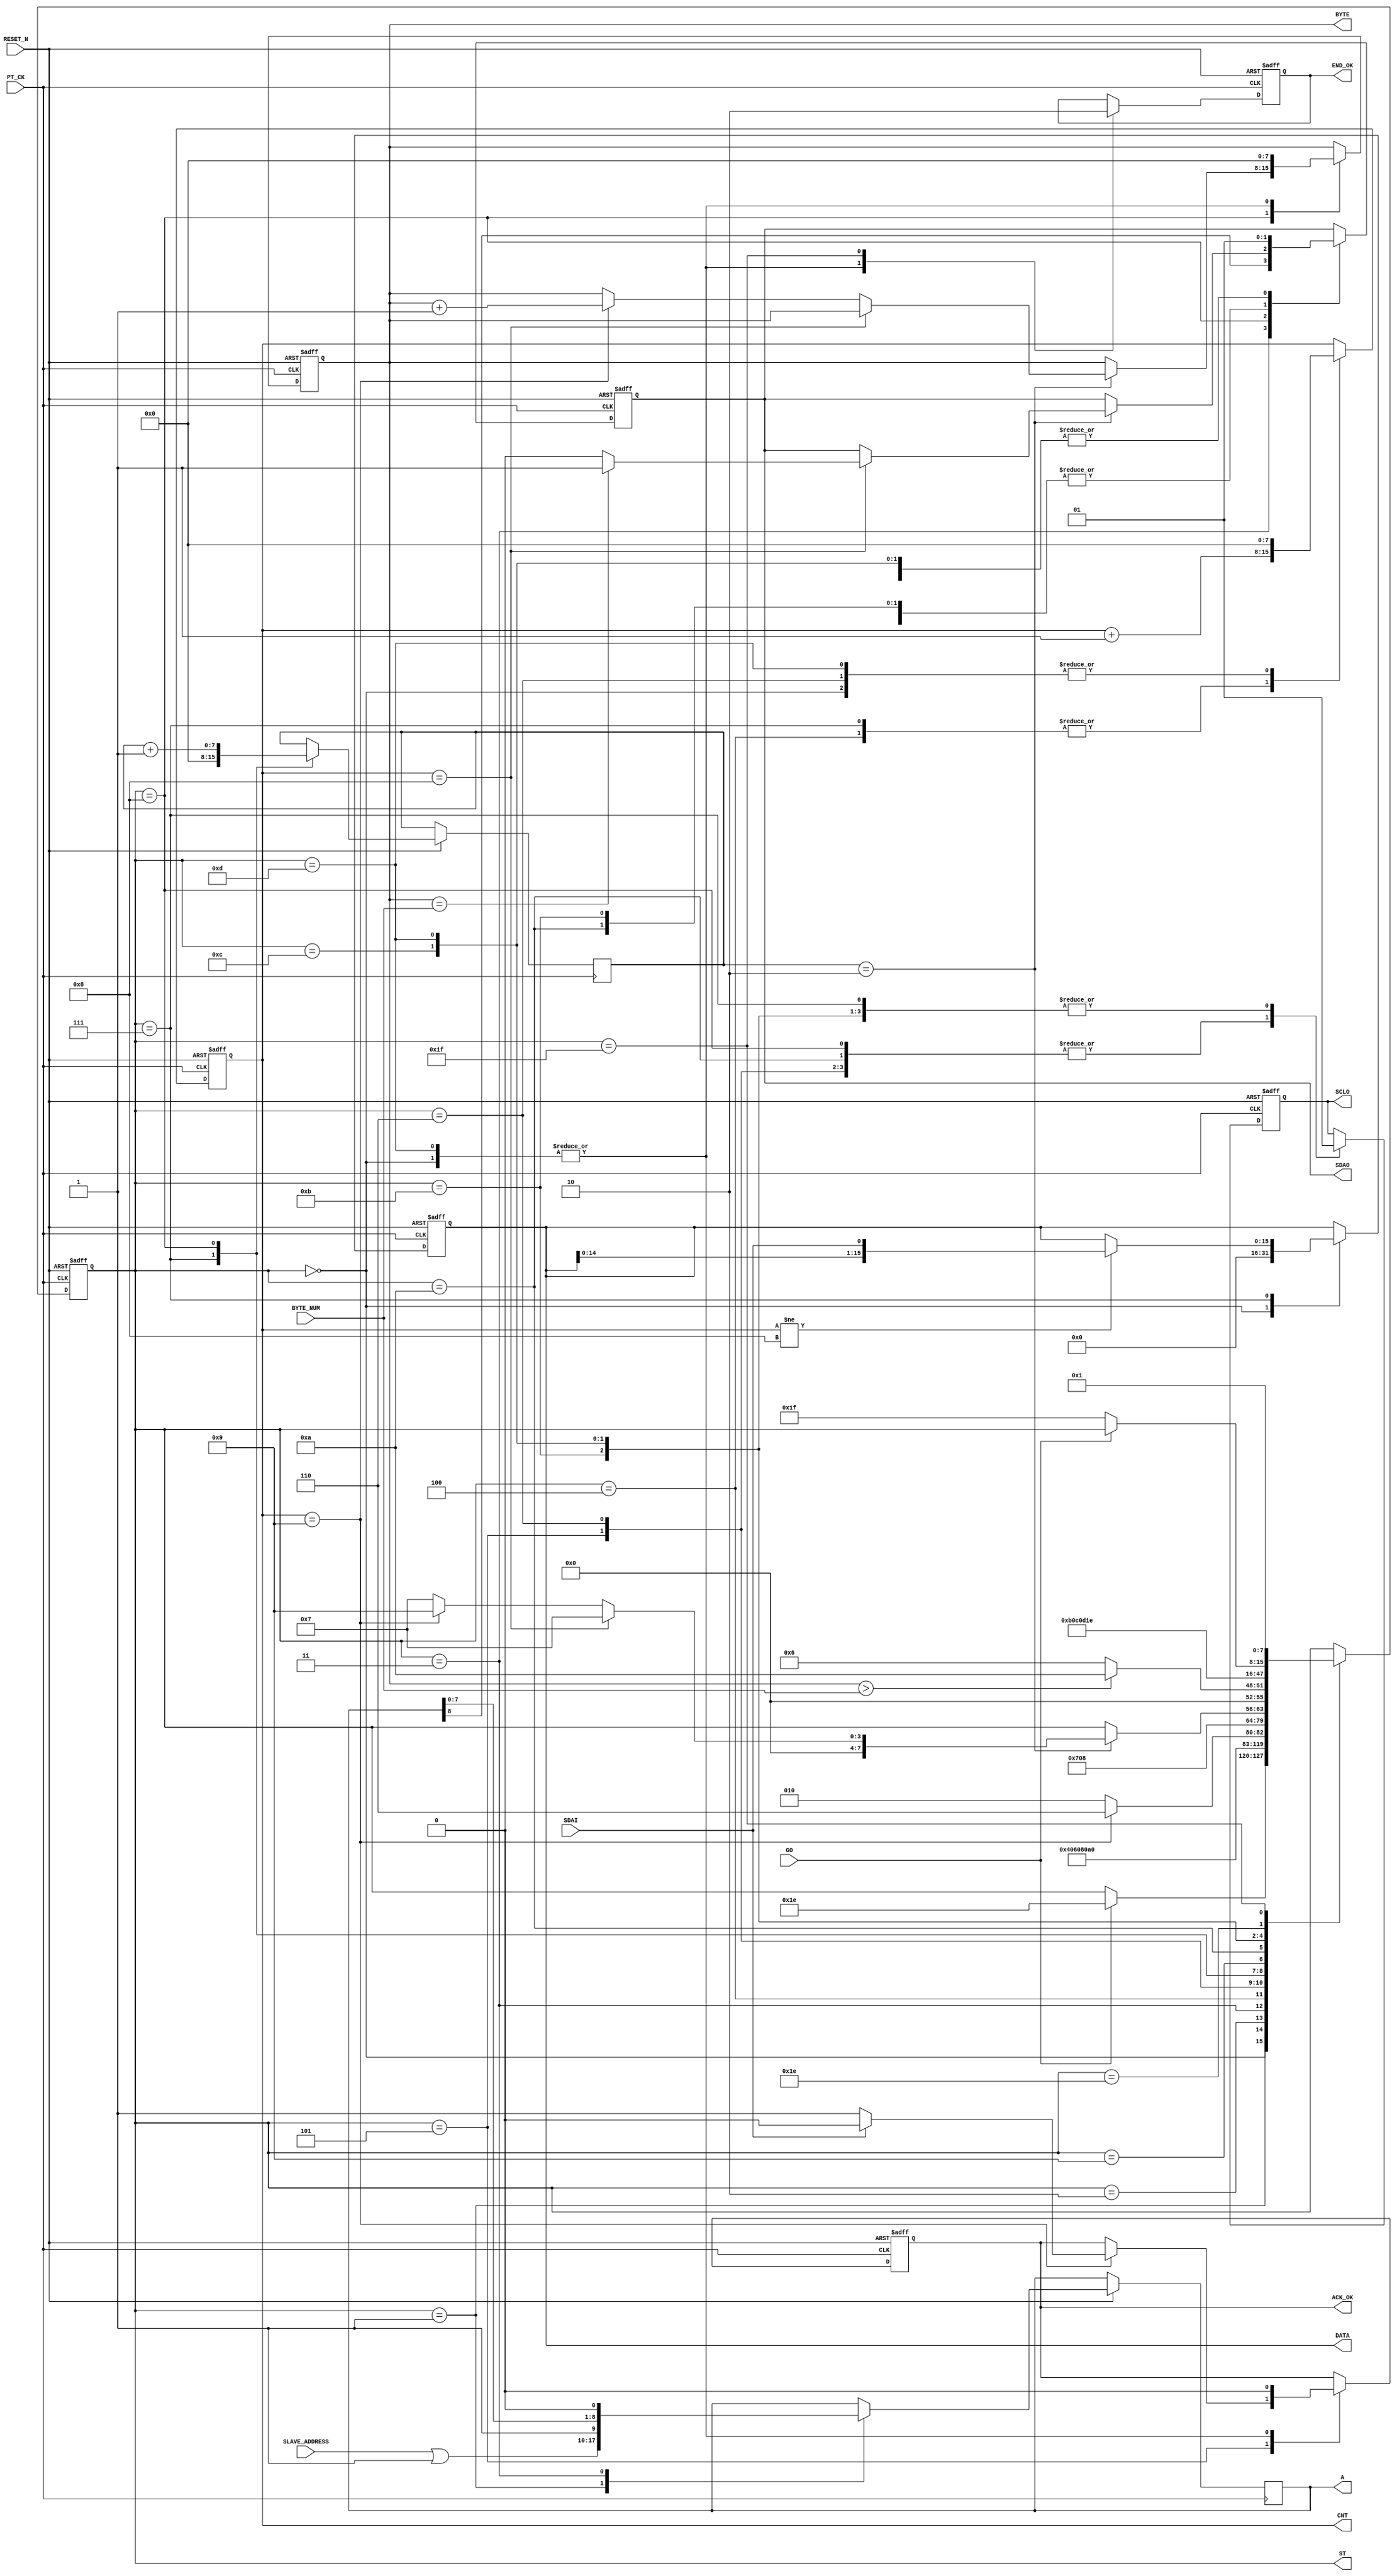
module I2C_READ_DATA(
   input  				RESET_N ,
	input       		PT_CK,
	input       [7:0] BYTE_NUM , 
	input       [7:0]	SLAVE_ADDRESS , 
	input       		GO,
	input       		SDAI,
	output reg  		SDAO,
	output reg  		SCLO,
	output reg  		 END_OK , 
	output reg  [15:0] DATA , 
	//for TEST
	output reg  [7:0] ST ,
	output reg        ACK_OK,
	output reg  [7:0] CNT,
	output reg  [8:0] A ,
	output reg  [7:0] BYTE
);
//=======================================================
//  REG/WIRE declarations
//=======================================================
reg    [7:0]DELY ;   

  
//=======================================================
//  Parameter declarations
//=======================================================

always @( negedge RESET_N or posedge  PT_CK )begin
if (!RESET_N  ) begin 
  ST <=0;
		      SDAO   <=1; 
	         SCLO   <=1;
	         ACK_OK <=0;
	         CNT    <=0;
	         END_OK <=1;
	         BYTE   <=0;
				DATA <=0;  
end 				
else 
	  case (ST)
	    0: begin  
		      SDAO   <=1; 
	         SCLO   <=1;
	         ACK_OK <=0;
	         CNT    <=0;
	         END_OK <=1;
	         BYTE   <=0;
				DATA <=0;
	         if (GO) ST  <=30 ;							
		    end		  
	  //----I2C READ-COMMAND---
	    1: begin  //start 
		      ST <=2 ; 
			   { SDAO,  SCLO } <= 2'b01; 
				A <= {SLAVE_ADDRESS | 1  ,1'b1 };//READ COMMAND
		    end
	    2: begin  //start 
		      ST <=3 ; 
			   { SDAO,  SCLO } <= 2'b00; 
		    end
			 
	    3: begin  //start 
		      ST <=4 ; 
			   { SDAO, A } <= { A ,1'b0 }; 
		    end
	    4: begin
		      ST <=5 ; 
			   SCLO <= 1'b1 ; 
				CNT <= CNT +1 ;
		    end
			 
	    5: begin  
			   SCLO <= 1'b0 ; 
			   if (CNT ==9) begin
				    ST <= 6 ; 
					 if ( !SDAI ) ACK_OK <=1 ; 
					 else ACK_OK <=0 ; 
				 end
				 else ST <= 2;
		    end			 
     //-----DATA READ---
	    6: begin 
		      ST <=7 ; 
			   {SDAO , SCLO} <= 2'b10; 
				CNT <=0 ;
		    end
	    7: begin  
		      ST <=8 ;  
				DELY <=0;
			   SCLO <= 1'b1 ; 
				if (CNT!=8) DATA[15:0]  <= { DATA[14:0], SDAI };
				CNT <= CNT +1 ;
		    end			 
	    8: begin  		 
		    DELY <=DELY+1 ;
			 SCLO <= 1'b0 ; 
			 if (DELY ==2)  begin 			    
			    if (CNT ==8) begin
				      ST <= 7;
					   if (BYTE  == BYTE_NUM  )  SDAO <= 1'b1 ; 
					   else  
					   SDAO <= 1'b0 ;
				 end
			    else if (CNT == 9)  
				    begin 
					   BYTE <= BYTE +1 ;   ST <= 9; 
					 end
				 else ST <= 7;
			 end	 
		    end
	    9: begin
		     if  ( BYTE >  BYTE_NUM  ) ST <=10 ; 
			   else ST <=6 ; 
			   
         end
	    10: begin          //stop
		      ST <=11 ; 
			   { SDAO,  SCLO } <= 2'b00; 
         end
	    11: begin          //stop
		      ST <=12 ; 
			   { SDAO,  SCLO } <= 2'b01; 
         end
	    12: begin          //stop
		      ST <=13 ; 
			   { SDAO,  SCLO } <= 2'b11; 
         end	
		 13:	 
			  begin
		      ST     <= 30; 
				END_OK <= 1;
		      SDAO   <=1; 
	         SCLO   <=1;
	         ACK_OK <=0;
	         CNT    <=0;
	         BYTE <=0;				
		     end
		//--- END ---
		30: begin
            if (!GO) ST  <=31;
          end
 		31: begin 
		    ST  <=1; END_OK<=0;
          end		 			  	  
	  endcase 
  end

endmodule